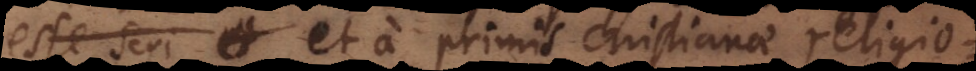
esse scri et a primis Christianae religio